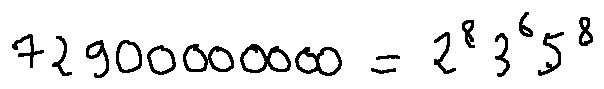
7 2 9 0 0 0 0 0 0 0 0 = 2 ^ { 8 } 3 ^ { 6 } 5 ^ { 8 }